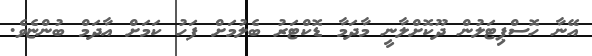
އޭނާ ހޮސްޕިޓަލުން ދޫކޮށްލާނީ މާދަމާ ޑޮކްޓަރު ބެލުމަށް ފަހު ކަމަށް އާދަމް ބުންޏެވެ.